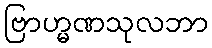
ဗြာဟ္မဏသုလဘာ